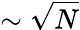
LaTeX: \sim\sqrt{N}